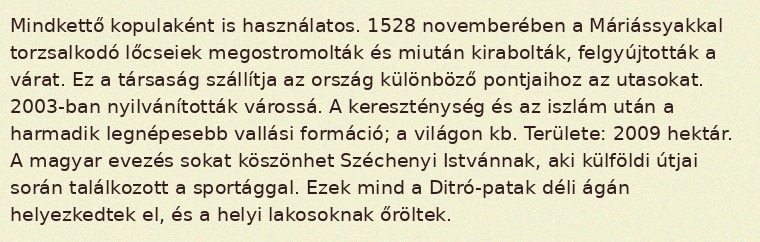
Mindkettő kopulaként is használatos. 1528 novemberében a Máriássyakkal torzsalkodó lőcseiek megostromolták és miután kirabolták, felgyújtották a várat. Ez a társaság szállítja az ország különböző pontjaihoz az utasokat. 2003-ban nyilvánították várossá. A kereszténység és az iszlám után a harmadik legnépesebb vallási formáció; a világon kb. Területe: 2009 hektár. A magyar evezés sokat köszönhet Széchenyi Istvánnak, aki külföldi útjai során találkozott a sportággal. Ezek mind a Ditró-patak déli ágán helyezkedtek el, és a helyi lakosoknak őröltek.